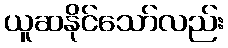
ယူဆနိုင်သော်လည်း